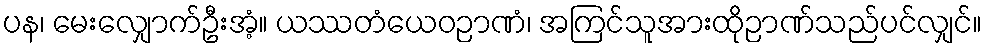
ပန၊ မေးလျှောက်ဦးအံ့။ ယဿတံယေဝဉာဏံ၊ အကြင်သူအားထိုဉာဏ်သည်ပင်လျှင်။